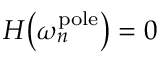
H \big ( \omega _ { n } ^ { \mathrm { p o l e } } \big ) = 0